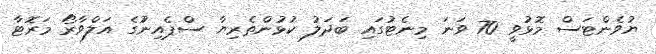
ޔުވެންޓަސް މޮޅުވީ 70 ވަަނަ މިނެޓުގައި ބަދަލު ކުޅުންތެރިޔާ ސްޕެއިނުުގެ އަލްވާރޯ މަރޮޓާ